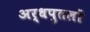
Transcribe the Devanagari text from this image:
अर्धपुतलों